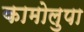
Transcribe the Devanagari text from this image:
कामोलुपा